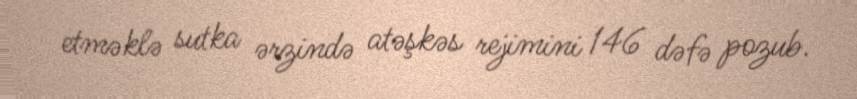
etməklə sutka ərzində atəşkəs rejimini 146 dəfə pozub.